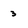
Character: 3